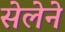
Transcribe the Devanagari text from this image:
सेलेने